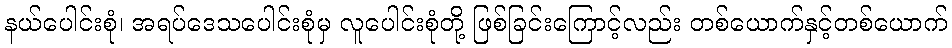
နယ်ပေါင်းစုံ၊ အရပ်ဒေသပေါင်းစုံမှ လူပေါင်းစုံတို့ ဖြစ်ခြင်းကြောင့်လည်း တစ်ယောက်နှင့်တစ်ယောက်